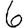
Digit: 6